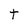
Character: t